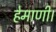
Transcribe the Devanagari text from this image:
हेमाणी।